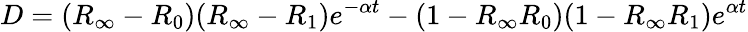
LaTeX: D=(R_{\infty}-R_{0})(R_{\infty}-R_{1})e^{-\alpha t}-(1-R_{\infty}R_{0})(1-R_{\infty}R_{1})e^{\alpha t}